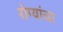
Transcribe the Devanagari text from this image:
रोग्यांचा